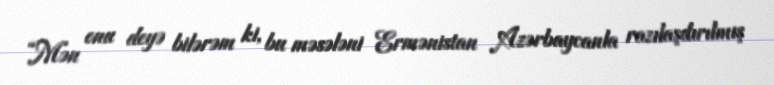
“Mən onu deyə bilərəm ki, bu məsələni Ermənistan Azərbaycanla razılaşdırılmış